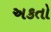
અકતો